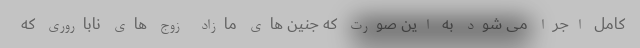
کامل اجرا می شود به این صورت که جنین های مازاد زوج های ناباروری که